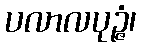
ပလာလပုဉ္ဇံ၊